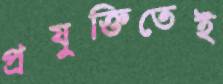
প্রযুক্তিতেই